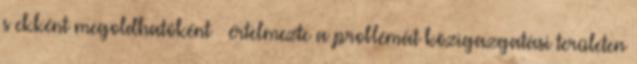
s ekként megoldhatóként – értelmezte a problémát közigazgatási területen